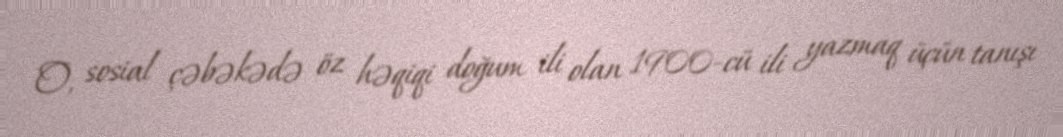
O, sosial çəbəkədə öz həqiqi doğum ili olan 1900-cü ili yazmaq üçün tanışı